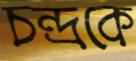
চন্দ্রকে